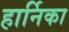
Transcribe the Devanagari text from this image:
हार्निका